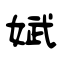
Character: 娬